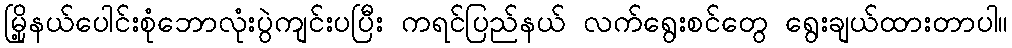
မြို့နယ်ပေါင်းစုံဘောလုံးပွဲကျင်းပပြီး ကရင်ပြည်နယ် လက်ရွေးစင်တွေ ရွေးချယ်ထားတာပါ။